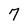
Character: 7